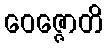
ဝေဇ္ဇောတိ